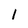
Character: l